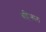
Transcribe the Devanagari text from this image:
बहिःस्थल